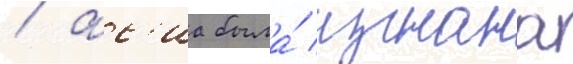
/ ас'иа была́ изгнана